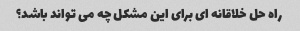
راه حل خلاقانه ای برای این مشکل چه می تواند باشد؟